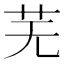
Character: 芜